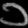
Digit: ၁